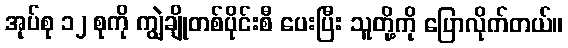
အုပ်စု ၁၂ စုကို ကျွဲချိုတစ်ပိုင်းစီ ပေးပြီး သူတို့ကို ပြောလိုက်တယ်။